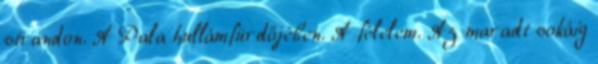
strandon. A Pala hullámfürdőjében. A félelem. Az maradt sokáig